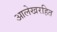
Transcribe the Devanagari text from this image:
आलेखरहित